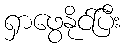
ရှာဖွေနိုင်ပြီး